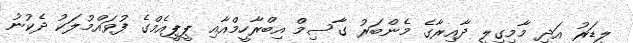
ލީޑަރު އަދި މާމިގިލީ ދާއިރާގެ މެންބަރު ގާސިމް އިބްރާހީމްއާއި ޕީޕީއެމްގެ ފުވައްމުލަކު ދެކުނު